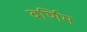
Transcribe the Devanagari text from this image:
वर्णिम